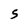
Character: S